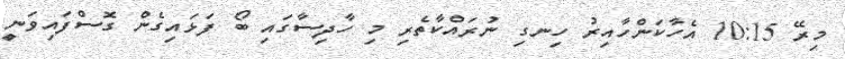
މިރޭ 10:15 އެހާކަންހާއިރު ހިނގި ނުރައްކާތެރި މި ހާދިސާގައި ބޯ ފަޅައިގެން ގޮސްފައިވަނީ